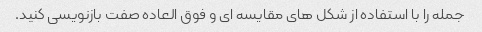
جمله را با استفاده از شکل های مقایسه ای و فوق العاده صفت بازنویسی کنید.